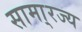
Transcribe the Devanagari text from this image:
सामा्रज्य